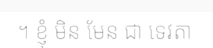
។ ខ្ញុំ មិន មែន ជា ទេវតា